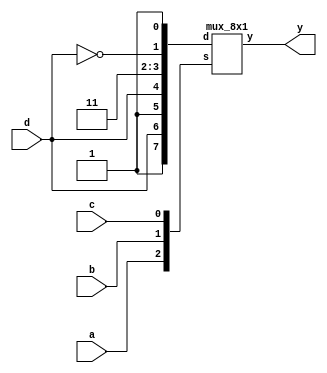
module prob_4_46_b (y, a, b, c, d);
    output y;
    input a, b, c, d;
    wire not_d;
    not m0(not_d, d);
    mux_8x1 m1(y, {a, b, c}, {1'b1, d, 1'b1, d, 1'b1, 1'b1, not_d, 1'b1});
endmodule

module mux_8x1 (y, s, d);
    output y;
    input [2:0] s;
    input [7:0] d;

    wire not_s0, not_s1, not_s2, d0_out, d1_out, d2_out, d3_out, d4_out, d5_out, d6_out, d7_out;
    not (not_s0, s[0]);
    not (not_s1, s[1]);
    not (not_s2, s[2]);
    nand (d0_out, not_s2, not_s1, not_s0, d[0]);
    nand (d1_out, not_s2, not_s1, s[0], d[1]);
    nand (d2_out, not_s2, s[1], not_s0, d[2]);
    nand (d3_out, not_s2, s[1], s[0], d[3]);
    nand (d4_out, s[2], not_s1, not_s0, d[4]);
    nand (d5_out, s[2], not_s1, s[0], d[5]);
    nand (d6_out, s[2], s[1], not_s0, d[6]);
    nand (d7_out, s[2], s[1], s[0], d[7]);
        
    nand (y, d0_out, d1_out, d2_out, d3_out, d4_out, d5_out, d6_out, d7_out);

endmodule

module prob_4_46_b_tb;
    reg [3:0] in;
    wire y;
    
    //Instantiate UUT
    prob_4_46_b UUT(y, in[3], in[2], in[1], in[0]);

    //stimulus block
    initial
        begin
            in = 4'b0000;
            repeat (15) #10 in = in + 1'b1; 
        end
    initial $monitor("in = %b, y = %b", in, y);
endmodule